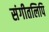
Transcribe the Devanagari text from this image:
संगीतलिपि